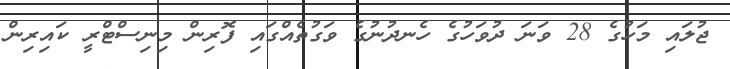
ޖުލައި މަހުގެ 28 ވަނަ ދުވަހުގެ ހެނދުނުގެ ވަގުތެއްގައި ފޮރިން މިނިސްޓްރީ ކައިރިން